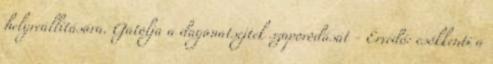
helyreállítására. Gátolja a daganatsejtek szaporodását - Érvédő: csökkenti a